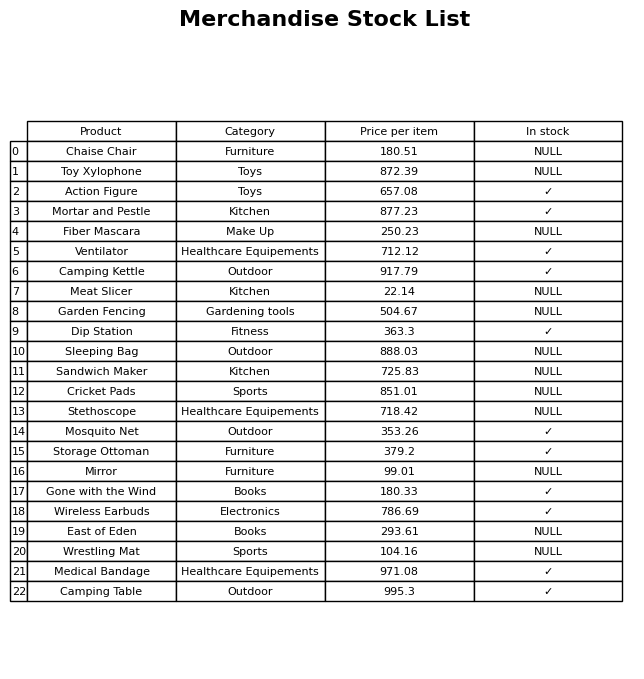
question: What is the stock status of the Storage Ottoman?
answer: ✓